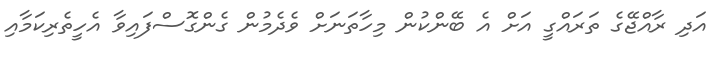
އަދި ރާއްޖޭގެ ތަރައްގީ އަށް އެ ބޭންކުން މިހާތަނަށް ވެދެމުން ގެންގޮސްފައިވާ އެހީތެރިކަމާއި